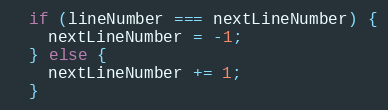
Language: JavaScript
  if (lineNumber === nextLineNumber) {
    nextLineNumber = -1;
  } else {
    nextLineNumber += 1;
  }